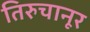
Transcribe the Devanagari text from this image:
तिरुचानूर